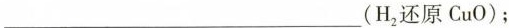
___(H_{2}还原CuO)；